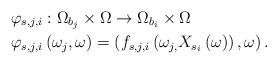
LaTeX: \begin{align*}&\varphi_{s,j,i}:\Omega_{b_{j}}\times\Omega\rightarrow\Omega_{b_{i}}\times\Omega\\&\varphi_{s,j,i}\left(\omega_{j},\omega\right)=\left(f_{s,j,i}\left(\omega_{j,}X_{s_{i}}\left(\omega\right)\right),\omega\right).\end{align*}